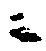
ニ